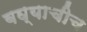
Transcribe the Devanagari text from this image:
बघ्याचीच